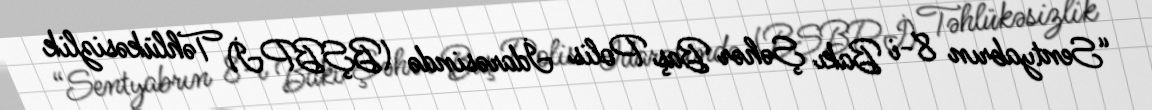
“Sentyabrın 8-i Bakı Şəhər Baş Polis İdarəsində (BŞBPİ) Təhlükəsizlik